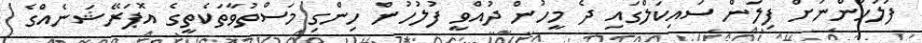
ފުލުހުންނަށް ފިލަން ސައިކަލްގައި ދެ މީހުން ދުއްވީ ފުލުހުން ހިންގި މަސްތުވާތަކެތީގެ އޮޕަރޭޝަނެއްގެ